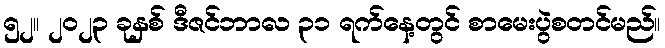
၅၂။ ၂၀၂၃ ခုနှစ် ဒီဇင်ဘာလ ၃၁ ရက်နေ့တွင် စာမေးပွဲစတင်မည်။